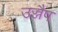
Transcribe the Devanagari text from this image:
उज्जैप